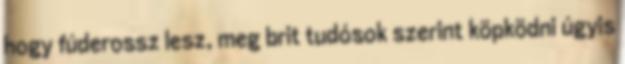
hogy fúderossz lesz, meg brit tudósok szerint köpködni úgyis